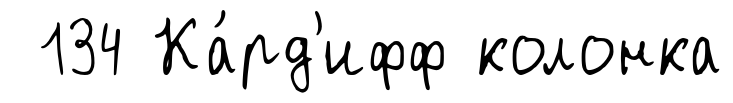
134 Ка́рд'ифф колонка